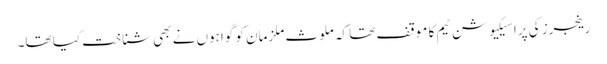
رینجرز کی پراسیکیوشن ٹیم کا موقف تھا کہ ملوث ملزمان کو گواہوں نے بھی شناخت کیا تھا۔